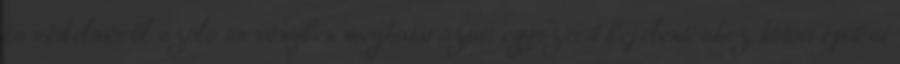
és védelméről szóló törvényben meghatározott egyszerű bejelentéshez kötött építési